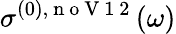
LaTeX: \sigma^{(0),\mathrm{~n~o~V~1~2~}}(\omega)